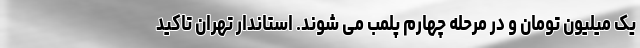
یک میلیون تومان و در مرحله چهارم پلمب می شوند. استاندار تهران تاکید